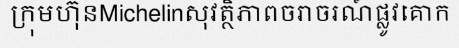
ក្រុមហ៊ុនMichelinសុវត្ថិភាពចរាចរណ៍ផ្លូវគោក